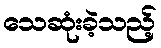
သေဆုံးခဲ့သည့်